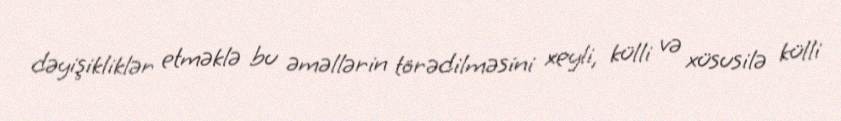
dəyişikliklər etməklə bu əməllərin törədilməsini xeyli, külli və xüsusilə külli